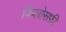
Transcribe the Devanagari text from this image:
फिलोसफ़ी